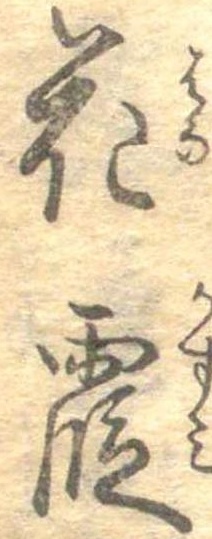
花霞